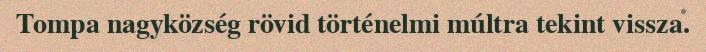
Tompa nagyközség rövid történelmi múltra tekint vissza.